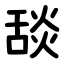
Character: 舕